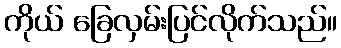
ကိုယ် ခြေလှမ်းပြင်လိုက်သည်။